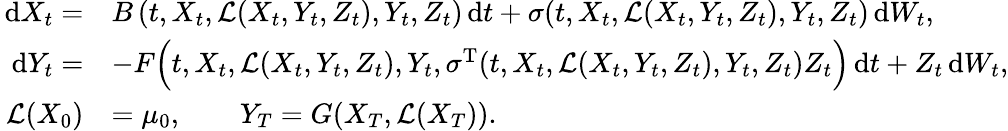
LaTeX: \begin{array}{rl}{\, \mathrm{d}X_{t}=}&{B\left(t,X_{t},\mathcal{L}(X_{t},Y_{t},Z_{t}),Y_{t},Z_{t}\right)\, \mathrm{d}t+\sigma(t,X_{t},\mathcal{L}(X_{t},Y_{t},Z_{t}),Y_{t},Z_{t})\, \mathrm{d}W_{t},}\\ {\, \mathrm{d}Y_{t}=}&{-F\Big(t,X_{t},\mathcal{L}(X_{t},Y_{t},Z_{t}),Y_{t},\sigma^{\operatorname{T}}(t,X_{t},\mathcal{L}(X_{t},Y_{t},Z_{t}),Y_{t},Z_{t})Z_{t}\Big)\, \mathrm{d}t+Z_{t}\, \mathrm{d}W_{t},}\\ {\mathcal{L}(X_{0})}&{=\mu_{0},\qquad Y_{T}=G(X_{T},\mathcal{L}(X_{T})).}\end{array}